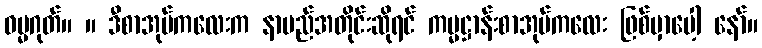
ဓမ္မဂုတ်။ ။ ဒီစာအုပ်ကလေးက နာမည်အတိုင်းဆိုရင် ကမ္မဋ္ဌာန်းစာအုပ်ကလေး ဖြစ်မှာပေါ့ နော်။